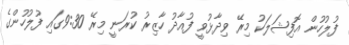
ފުލުހުން އޮފިޝަލަކު މިރޭ ވިދާޅުވީ ފުއާދު ހާޒިރު ކުރަނީ މިރޭ 9:30ގައި ފުލުހުންގެ